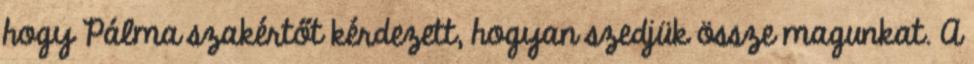
hogy Pálma szakértőt kérdezett, hogyan szedjük össze magunkat. A